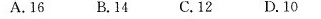
A.16 B.14 C.12D.10